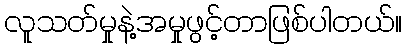
လူသတ်မှုနဲ့အမှုဖွင့်တာဖြစ်ပါတယ်။